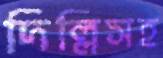
দিল্লিসহ